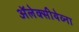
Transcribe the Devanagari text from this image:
ॲलेक्सीयेव्ना